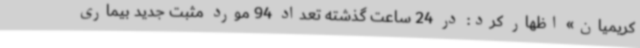
کریمیان» اظهار کرد: در 24 ساعت گذشته تعداد 94 مورد مثبت جدید بیماری